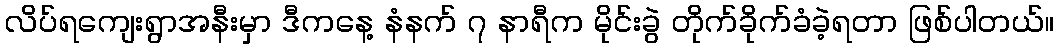
လိပ်ရကျေးရွာအနီးမှာ ဒီကနေ့ နံနက် ၇ နာရီက မိုင်းခွဲ တိုက်ခိုက်ခံခဲ့ရတာ ဖြစ်ပါတယ်။